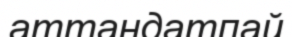
аттандатпай